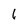
Character: 1